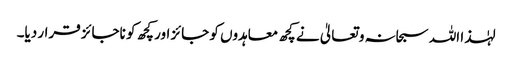
لہٰذا اللہ سبحانہ و تعالیٰ نے کچھ معاہدوں کو جائز اور کچھ کو ناجائز قرار دیا۔